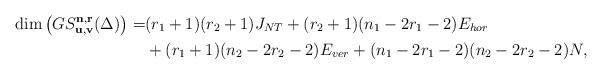
\begin{align*}\dim \big( GS_{\bf u,v}^{\bf n,r}(\Delta)\big)=&(r_1+1)(r_2+1)J_{NT}+(r_2+1)(n_1-2r_1-2)E_{hor}\\&+(r_1+1)(n_2-2r_2-2)E_{ver}+(n_1-2r_1-2)(n_2-2r_2-2)N, \end{align*}